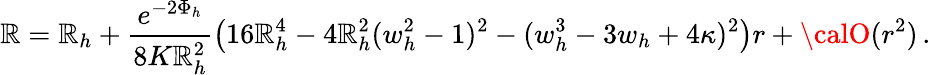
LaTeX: \mathbb{R}=\mathbb{R}_{h}+\frac{{e^{-2\Phi_{h}}}}{{8K\mathbb{R}_{h}^{2}}}\left(16\mathbb{R}_{h}^{4}-4\mathbb{R}_{h}^{2}(w_{h}^{2}-1)^{2}-(w_{h}^{3}-3w_{h}+4\kappa)^{2}\right)r+{\calO}(r^{2})\, .